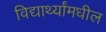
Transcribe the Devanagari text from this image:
विद्यार्थ्यांमधील